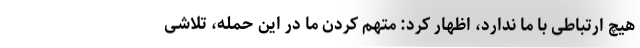
هیچ ارتباطی با ما ندارد، اظهار کرد: متهم کردن ما در این حمله، تلاشی